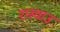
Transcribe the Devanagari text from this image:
रास्वाउ